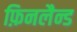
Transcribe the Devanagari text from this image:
फ़िनलैन्ड